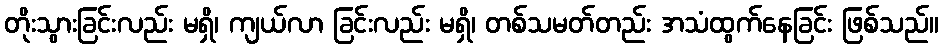
တိုးသွားခြင်းလည်း မရှိ၊ ကျယ်လာ ခြင်းလည်း မရှိ၊ တစ်သမတ်တည်း အသံထွက်နေခြင်း ဖြစ်သည်။